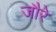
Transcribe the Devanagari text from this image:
जौरे